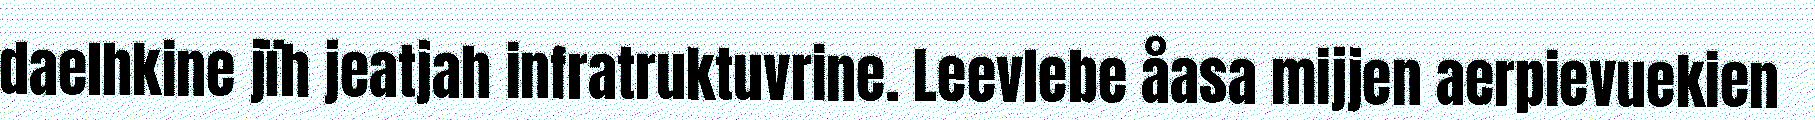
daelhkine jïh jeatjah infratruktuvrine. Leevlebe åasa mijjen aerpievuekien